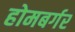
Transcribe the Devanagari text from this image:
होमबर्गर